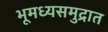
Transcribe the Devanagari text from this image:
भूमध्यसमुद्रात